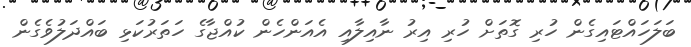
ބަލަހައްޓައިގެން ހުރި ގޮތަށް ހުރި އިރު ނާއިލާއި އެއަންހެން ކުއްޖާގެ ހަތަރުކަޅި ބައްދަލުވެގެން